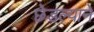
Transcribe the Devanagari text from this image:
छेडल्याने